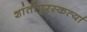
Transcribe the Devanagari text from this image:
शांतीपुरस्कर्त्या